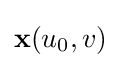
\mathbf {x} (u_{0},v)